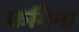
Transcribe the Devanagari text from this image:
कमिना